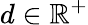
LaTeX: d\in\mathbb{R}^{+}